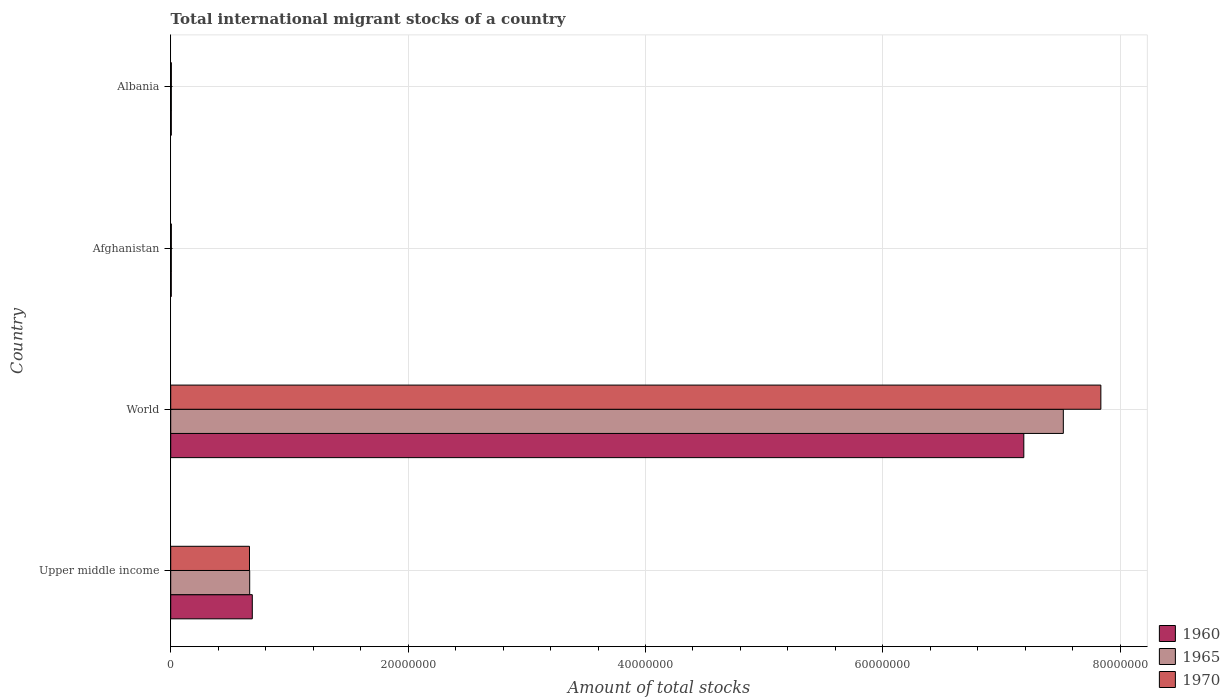
| Country | 1960 | 1965 | 1970 |
 | --- | --- | --- | --- |
 | Upper middle income | 6.87e+06 | 6.65e+06 | 6.64e+06 |
 | World | 7.19e+07 | 7.52e+07 | 7.84e+07 |
 | Afghanistan | 4.65e+04 | 4.95e+04 | 5.31e+04 |
 | Albania | 4.89e+04 | 5.14e+04 | 5.4e+04 |